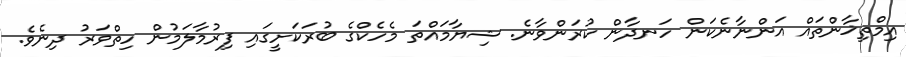
އިމްތިޚާންތައް އަންނާނެކަން ހަނދާން ކުރަންވާނެ. ޝިޔާމައްތަ މެހެކްގެ ބުރަކަށީގައި ފިރުމާލަމުން ހިތްވަރު ދިނެވެ.